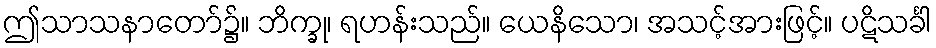
ဤသာသနာတော်၌။ ဘိက္ခု၊ ရဟန်းသည်။ ယေနိသော၊ အသင့်အားဖြင့်။ ပဋိသင်္ခါ